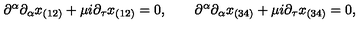
\partial ^ { \alpha } \partial _ { \alpha } x _ { ( 1 2 ) } + \mu i \partial _ { \tau } x _ { ( 1 2 ) } = 0 , \qquad \partial ^ { \alpha } \partial _ { \alpha } x _ { ( 3 4 ) } + \mu i \partial _ { \tau } x _ { ( 3 4 ) } = 0 ,